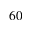
^ { 6 0 }